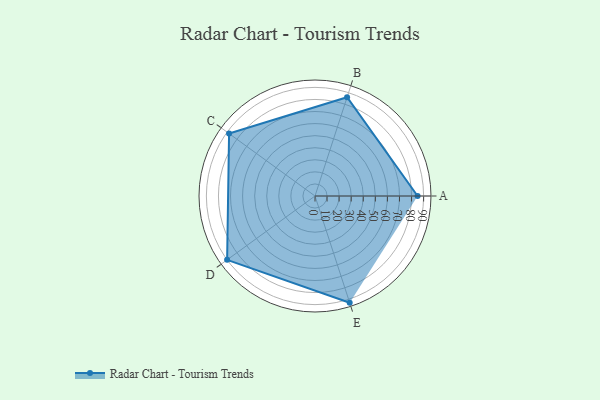
{"axis": {"x": "Skill", "y": "Score"}, "legend": ["Profile"], "data": [{"x": "A", "y": 85.0, "type": "Profile"}, {"x": "B", "y": 86.0, "type": "Profile"}, {"x": "C", "y": 88.0, "type": "Profile"}, {"x": "D", "y": 90.0, "type": "Profile"}, {"x": "E", "y": 93.0, "type": "Profile"}]}